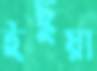
ইছুয়া